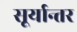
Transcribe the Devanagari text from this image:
सूर्यान्तर